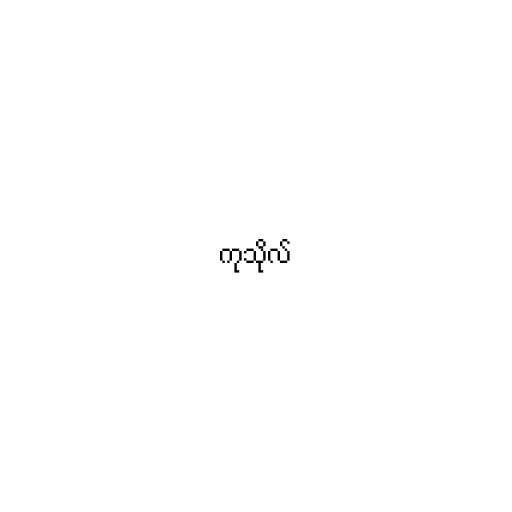
ကုသိုလ်